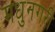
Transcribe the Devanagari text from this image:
मधुनगरी